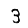
Digit: 3